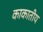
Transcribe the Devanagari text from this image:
काकातीय